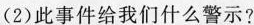
(2)此事件给我们什么警示?